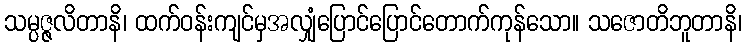
သမ္ပဇ္ဇလိတာနိ၊ ထက်ဝန်းကျင်မှအလျှံပြောင်ပြောင်တောက်ကုန်သော။ သဇောတိဘူတာနိ၊